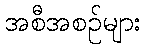
အစီအစဉ်များ